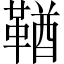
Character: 鞧